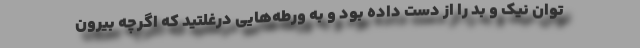
توان نیک و بد را از دست داده بود و به ورطه‌هایی درغلتید که اگرچه بیرون